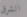
الشرق